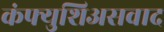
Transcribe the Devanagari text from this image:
कंफ्युशिअसवाद